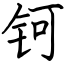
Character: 钶